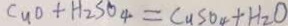
C u + H _ { 2 } S O _ { 4 } = C u S O _ { 4 } + H _ { 2 } O